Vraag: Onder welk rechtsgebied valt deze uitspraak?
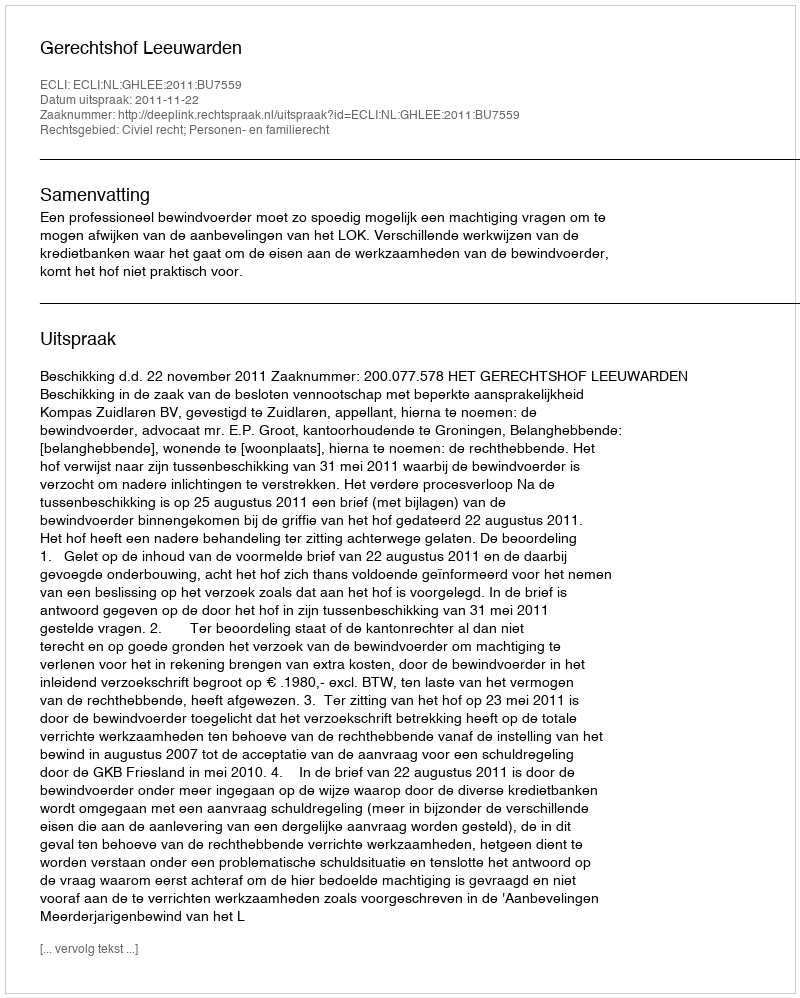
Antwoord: Civiel recht; Personen- en familierecht